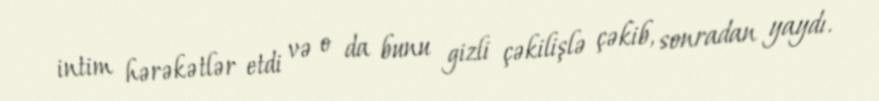
intim hərəkətlər etdi və o da bunu gizli çəkilişlə çəkib, sonradan yaydı.